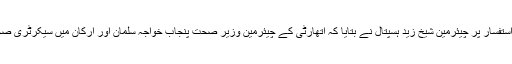
چیف پاکستان کے استفسار پر چیئرمین شیخ زید ہسپتال نے بتایا کہ اتھارٹی کے چیئرمین وزیر صحت پنجاب خواجہ سلمان اور ارکان میں سیکرٹری صحت بھی شامل ہیں۔